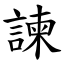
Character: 諫